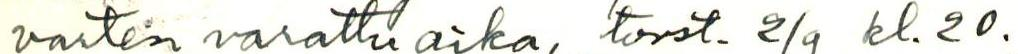
varten varattu aika, torst. 2/9 kl. 20.